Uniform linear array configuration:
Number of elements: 48
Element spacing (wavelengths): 0.75
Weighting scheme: blackman
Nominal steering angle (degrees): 30
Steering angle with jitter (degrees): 31.286
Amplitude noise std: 0.05
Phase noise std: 0.05

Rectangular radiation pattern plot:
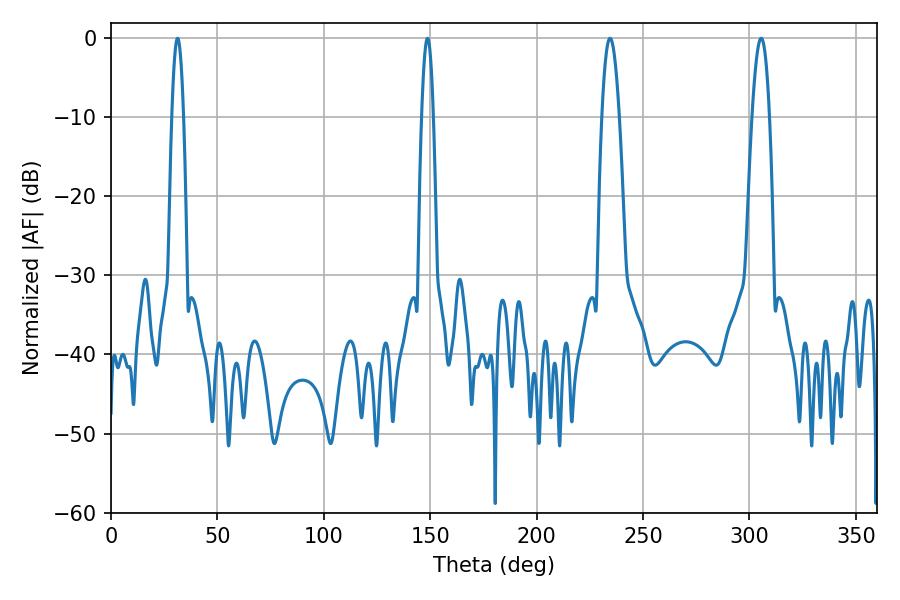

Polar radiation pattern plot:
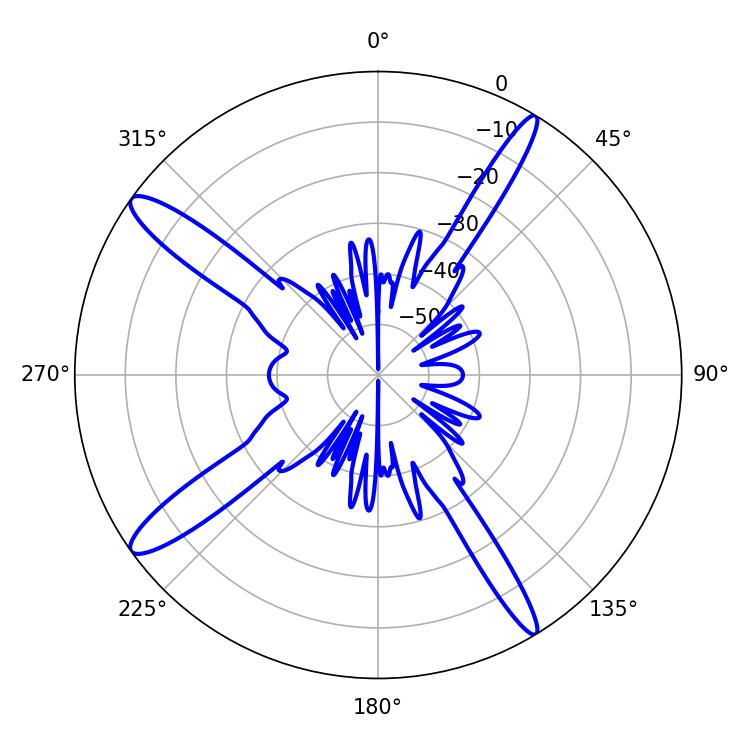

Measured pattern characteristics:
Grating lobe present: TRUE
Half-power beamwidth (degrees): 4.5
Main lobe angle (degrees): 234.54